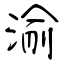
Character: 渝